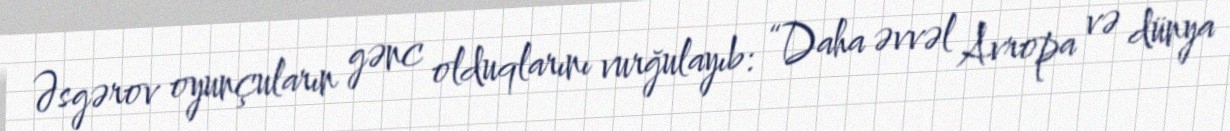
Əsgərov oyunçuların gənc olduqlarını vurğulayıb: “Daha əvvəl Avropa və dünya